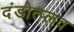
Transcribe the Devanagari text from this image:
दंडोत्प्लव